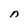
Character: n